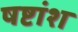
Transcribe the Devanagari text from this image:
षष्टांश